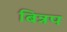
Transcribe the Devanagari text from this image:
बिन्नप